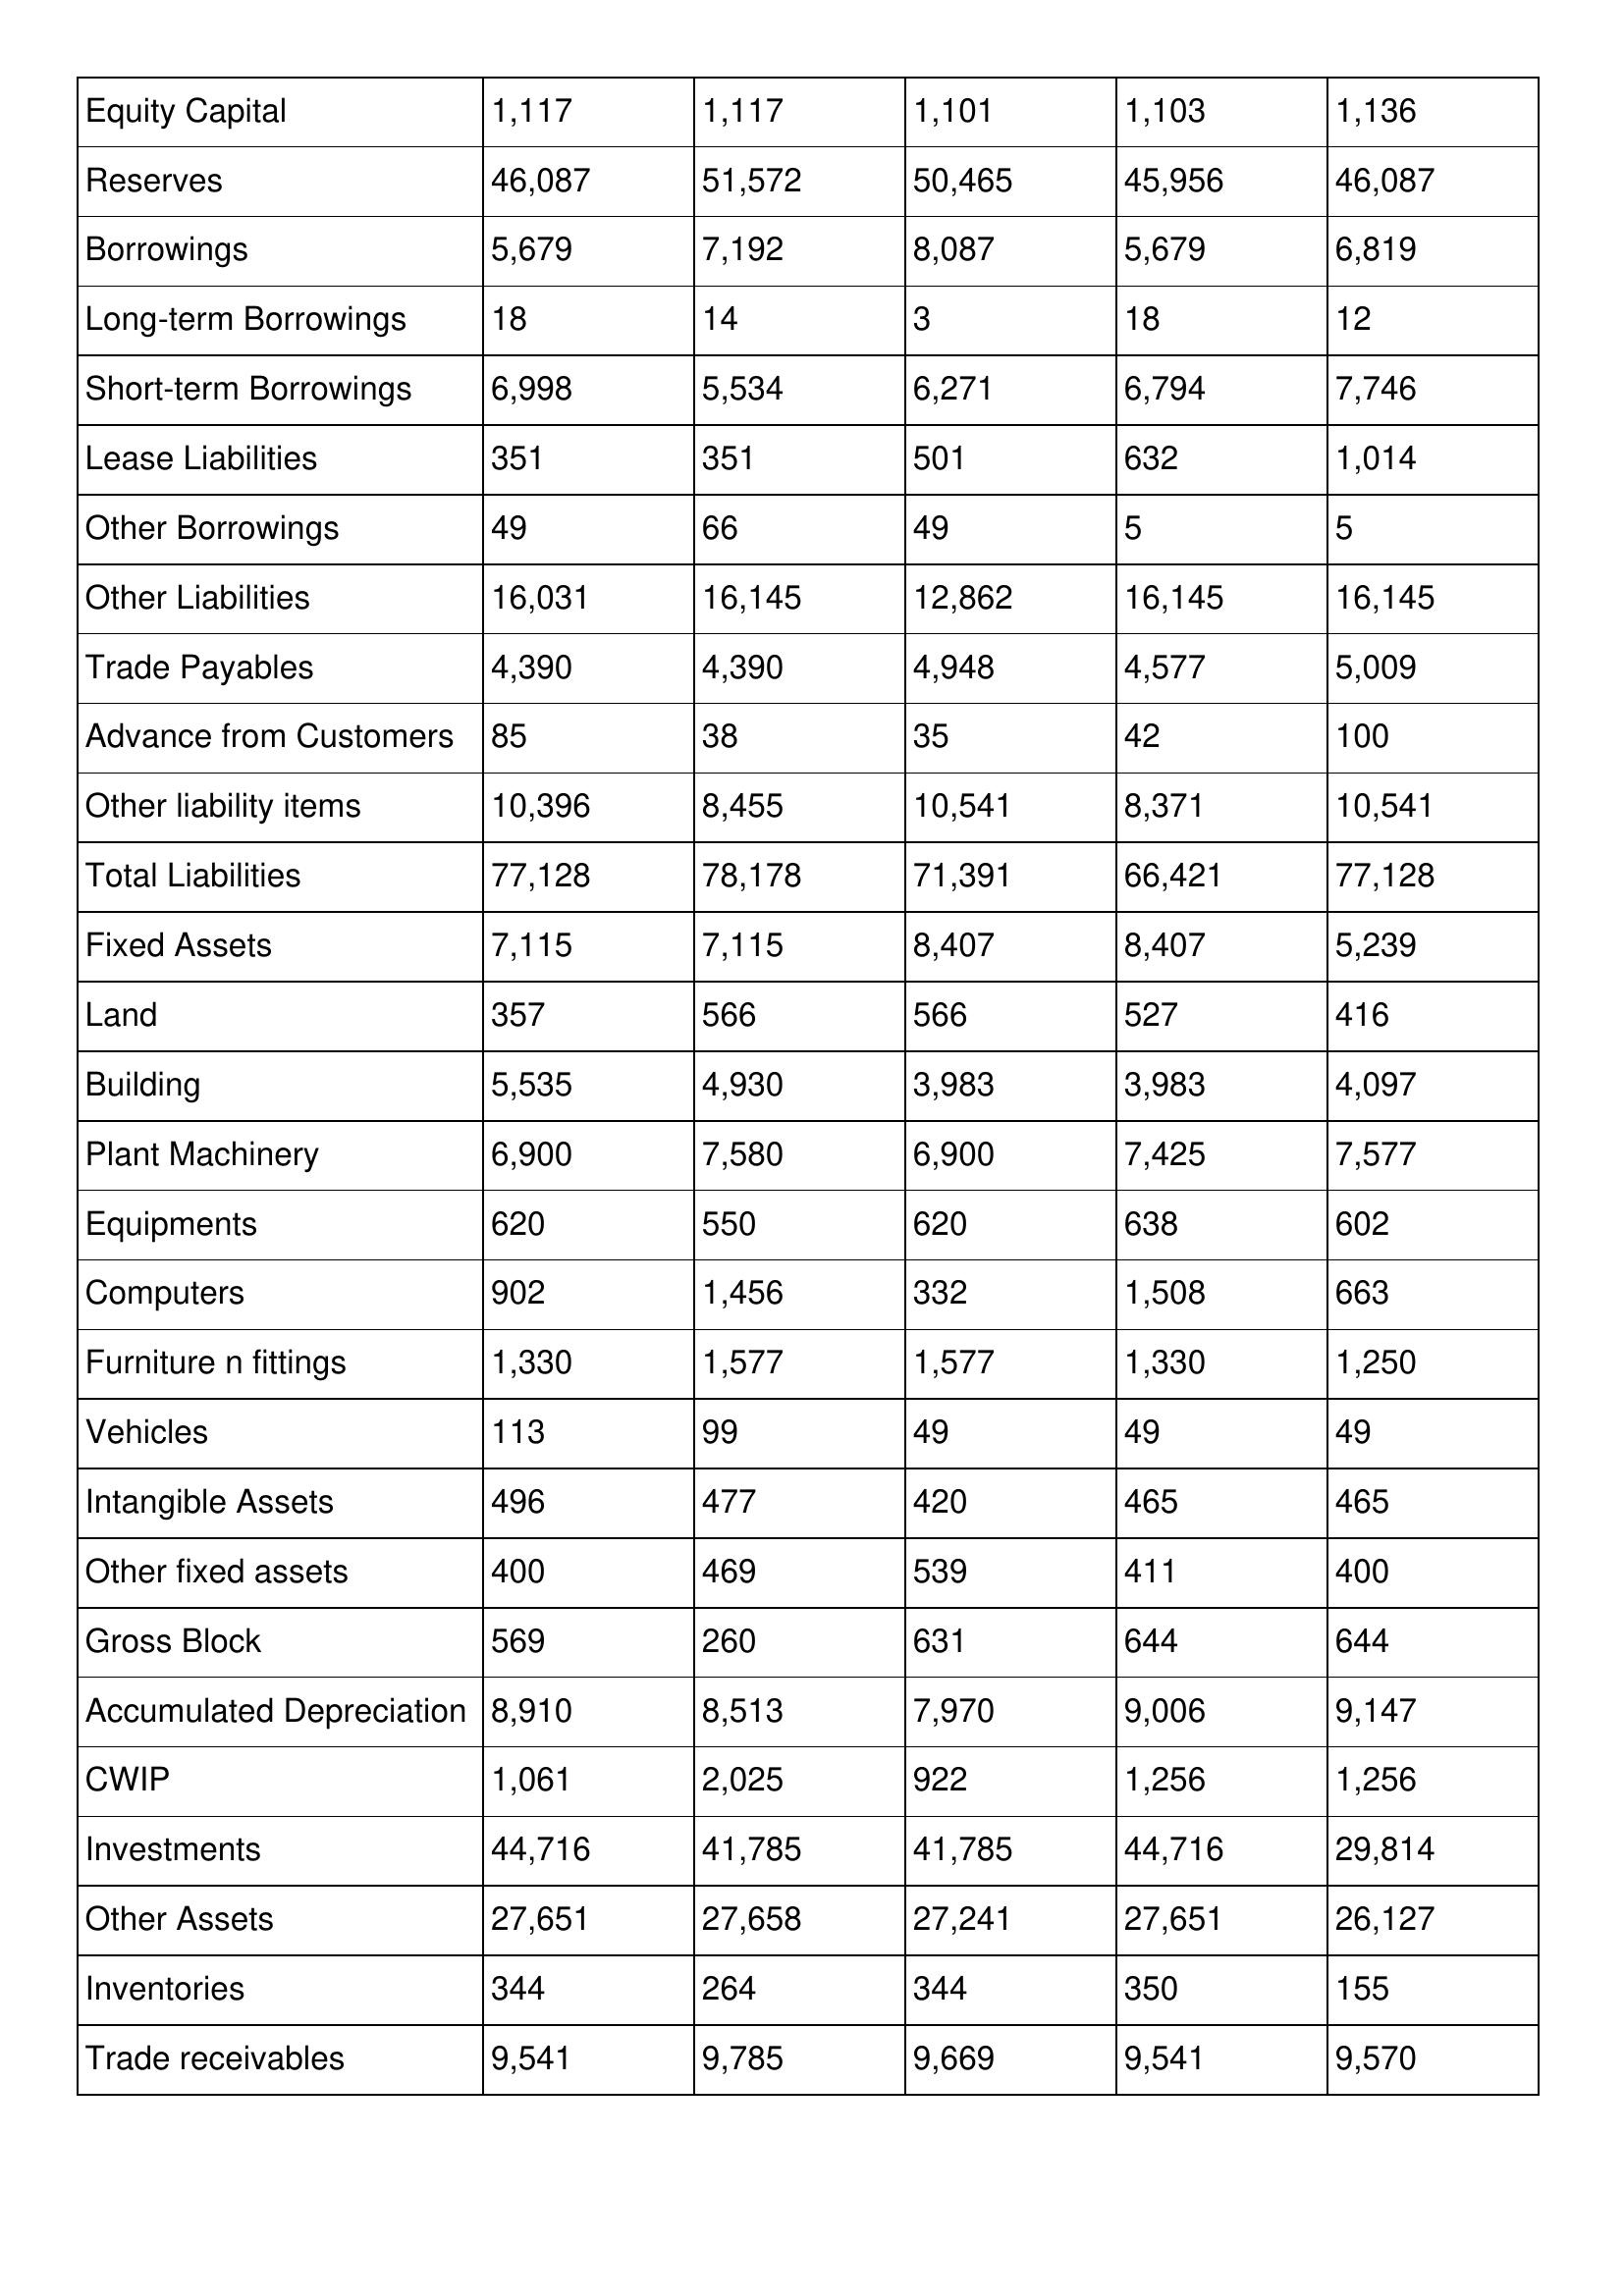
gt_parse: 2015: Balance Sheet: Equity Capital: 1,117
Reserves: 46,087
Borrowings: 5,679
Long-term Borrowings: 18
Short-term Borrowings: 6,998
Lease Liabilities: 351
Other Borrowings: 49
Other Liabilities: 16,031
Trade Payables: 4,390
Advance from Customers: 85
Other liability items: 10,396
Total Liabilities: 77,128
Fixed Assets: 7,115
Land: 357
Building: 5,535
Plant Machinery: 6,900
Equipments: 620
Computers: 902
Furniture n fittings: 1,330
Vehicles: 113
Intangible Assets: 496
Other fixed assets: 400
Gross Block: 569
Accumulated Depreciation: 8,910
CWIP: 1,061
Investments: 44,716
Other Assets: 27,651
Inventories: 344
Trade receivables: 9,541
2014: Balance Sheet: Equity Capital: 1,117
Reserves: 51,572
Borrowings: 7,192
Long-term Borrowings: 14
Short-term Borrowings: 5,534
Lease Liabilities: 351
Other Borrowings: 66
Other Liabilities: 16,145
Trade Payables: 4,390
Advance from Customers: 38
Other liability items: 8,455
Total Liabilities: 78,178
Fixed Assets: 7,115
Land: 566
Building: 4,930
Plant Machinery: 7,580
Equipments: 550
Computers: 1,456
Furniture n fittings: 1,577
Vehicles: 99
Intangible Assets: 477
Other fixed assets: 469
Gross Block: 260
Accumulated Depreciation: 8,513
CWIP: 2,025
Investments: 41,785
Other Assets: 27,658
Inventories: 264
Trade receivables: 9,785
2013: Balance Sheet: Equity Capital: 1,101
Reserves: 50,465
Borrowings: 8,087
Long-term Borrowings: 3
Short-term Borrowings: 6,271
Lease Liabilities: 501
Other Borrowings: 49
Other Liabilities: 12,862
Trade Payables: 4,948
Advance from Customers: 35
Other liability items: 10,541
Total Liabilities: 71,391
Fixed Assets: 8,407
Land: 566
Building: 3,983
Plant Machinery: 6,900
Equipments: 620
Computers: 332
Furniture n fittings: 1,577
Vehicles: 49
Intangible Assets: 420
Other fixed assets: 539
Gross Block: 631
Accumulated Depreciation: 7,970
CWIP: 922
Investments: 41,785
Other Assets: 27,241
Inventories: 344
Trade receivables: 9,669
2012: Balance Sheet: Equity Capital: 1,103
Reserves: 45,956
Borrowings: 5,679
Long-term Borrowings: 18
Short-term Borrowings: 6,794
Lease Liabilities: 632
Other Borrowings: 5
Other Liabilities: 16,145
Trade Payables: 4,577
Advance from Customers: 42
Other liability items: 8,371
Total Liabilities: 66,421
Fixed Assets: 8,407
Land: 527
Building: 3,983
Plant Machinery: 7,425
Equipments: 638
Computers: 1,508
Furniture n fittings: 1,330
Vehicles: 49
Intangible Assets: 465
Other fixed assets: 411
Gross Block: 644
Accumulated Depreciation: 9,006
CWIP: 1,256
Investments: 44,716
Other Assets: 27,651
Inventories: 350
Trade receivables: 9,541
2011: Balance Sheet: Equity Capital: 1,136
Reserves: 46,087
Borrowings: 6,819
Long-term Borrowings: 12
Short-term Borrowings: 7,746
Lease Liabilities: 1,014
Other Borrowings: 5
Other Liabilities: 16,145
Trade Payables: 5,009
Advance from Customers: 100
Other liability items: 10,541
Total Liabilities: 77,128
Fixed Assets: 5,239
Land: 416
Building: 4,097
Plant Machinery: 7,577
Equipments: 602
Computers: 663
Furniture n fittings: 1,250
Vehicles: 49
Intangible Assets: 465
Other fixed assets: 400
Gross Block: 644
Accumulated Depreciation: 9,147
CWIP: 1,256
Investments: 29,814
Other Assets: 26,127
Inventories: 155
Trade receivables: 9,570